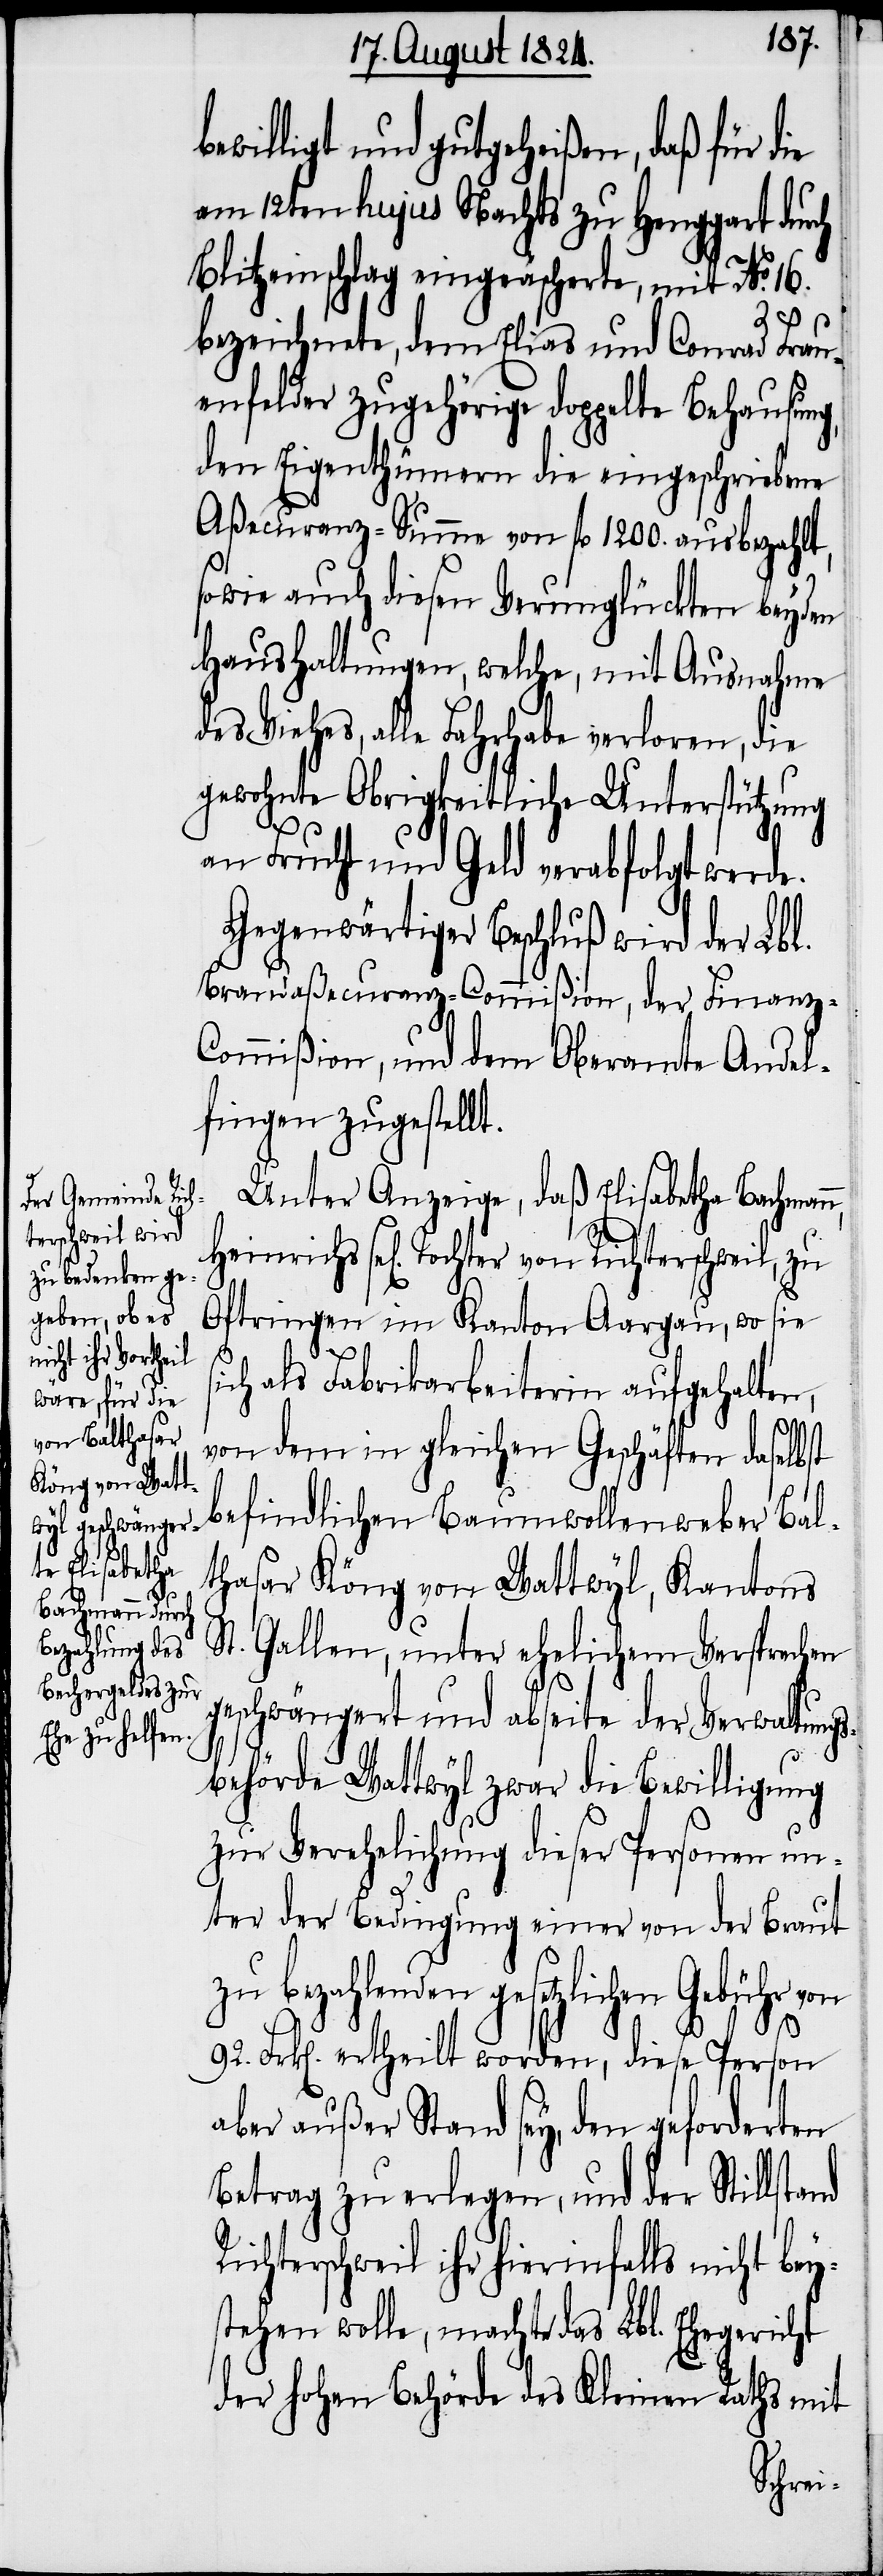
R¬

bewilligt und gutgeheißen, daß für d¬
am 12ten hujus Nachts zu Henggart durch
Blitzeinschlag eingeäscherte, mit No. 16.
bezeichnete, dem Elias und Conrad Frau¬
enfelder zugehörige doppelte Behausung,
den Eigenthümern die eingeschriebene
Aßecuranz-Summe von fl. 1200. ausbezahlt,
sowie auch diesen Verunglückten beyden
Haushaltungen, welche, mit Ausnahme
des Viehes, alle Fahrhabe verloren, die
gewohnte Obrigkeitliche Unterstützung
an Frucht und Geld verabfolgt werde.
Gegenwärtiger Beschluß wird der Lbl.
Brandaßecuranz-Commißion, der Finanz-C¬
ommißion, und dem Oberamte Andel¬
fingen zugestellt.
Unter Anzeige, daß Elisabetha Bachman¬
Oftringen im Kanton Aargau, wo sie
ich als Fabrikarbeiterin aufgehalten,
y¬
von dem in gleichen Geschäften daselbst
befindlichen Baumwollenweber Bal¬
thasar Köng von Wattwyl, Kantons
St. Gallen, unter ehelichem Versprechen
geschwängert und abseite der Verwaltungs¬
behörde Wattwyl zwar die Bewilligung
zur Verehelichung dieser Personen un¬
ter der Bedingung einer von der Braut
zu bezahlenden gesetzlichen
92. Frk[en]. ertheilt worden, diese Person
aber außer Stand sey, den geforderten
Betrag zu erlegen, und der Stillstand
ichterschweil ihr hierinfalls nicht be¬
stehen wolle, machte das Lbl. Ehegericht
der hohen Behörde des Kleinen Rathes mit